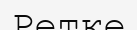
Ретке